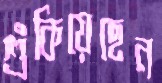
শুঁকিয়েছেন